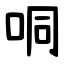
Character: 哃